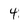
Character: 4